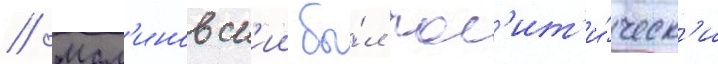
// Мал'иновск'ии бы́л пол'ит'и́ческ'и